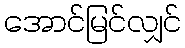
အောင်မြင်လျှင်